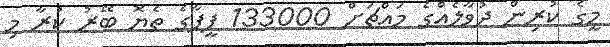
މީގެ ކުރިން ދުވާލެއްގެ މައްޗަށް 133000 ފީފާގެ ތެޔޮ ބޭރު ކުރާ މި